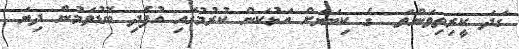
ގަދަ ކީރިތިވަންތަ  ގެ ކިބަޔަށް އަޅުކަން ކުރުމުގައި އުފެދި ބޮޑުވަމުން ދިޔަ